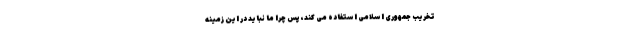
تخریب جمهوری اسلامی استفاده می کند، پس چرا ما نباید در این زمینه